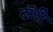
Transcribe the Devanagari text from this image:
टॉरी